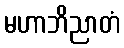
မဟာဘိညာတံ